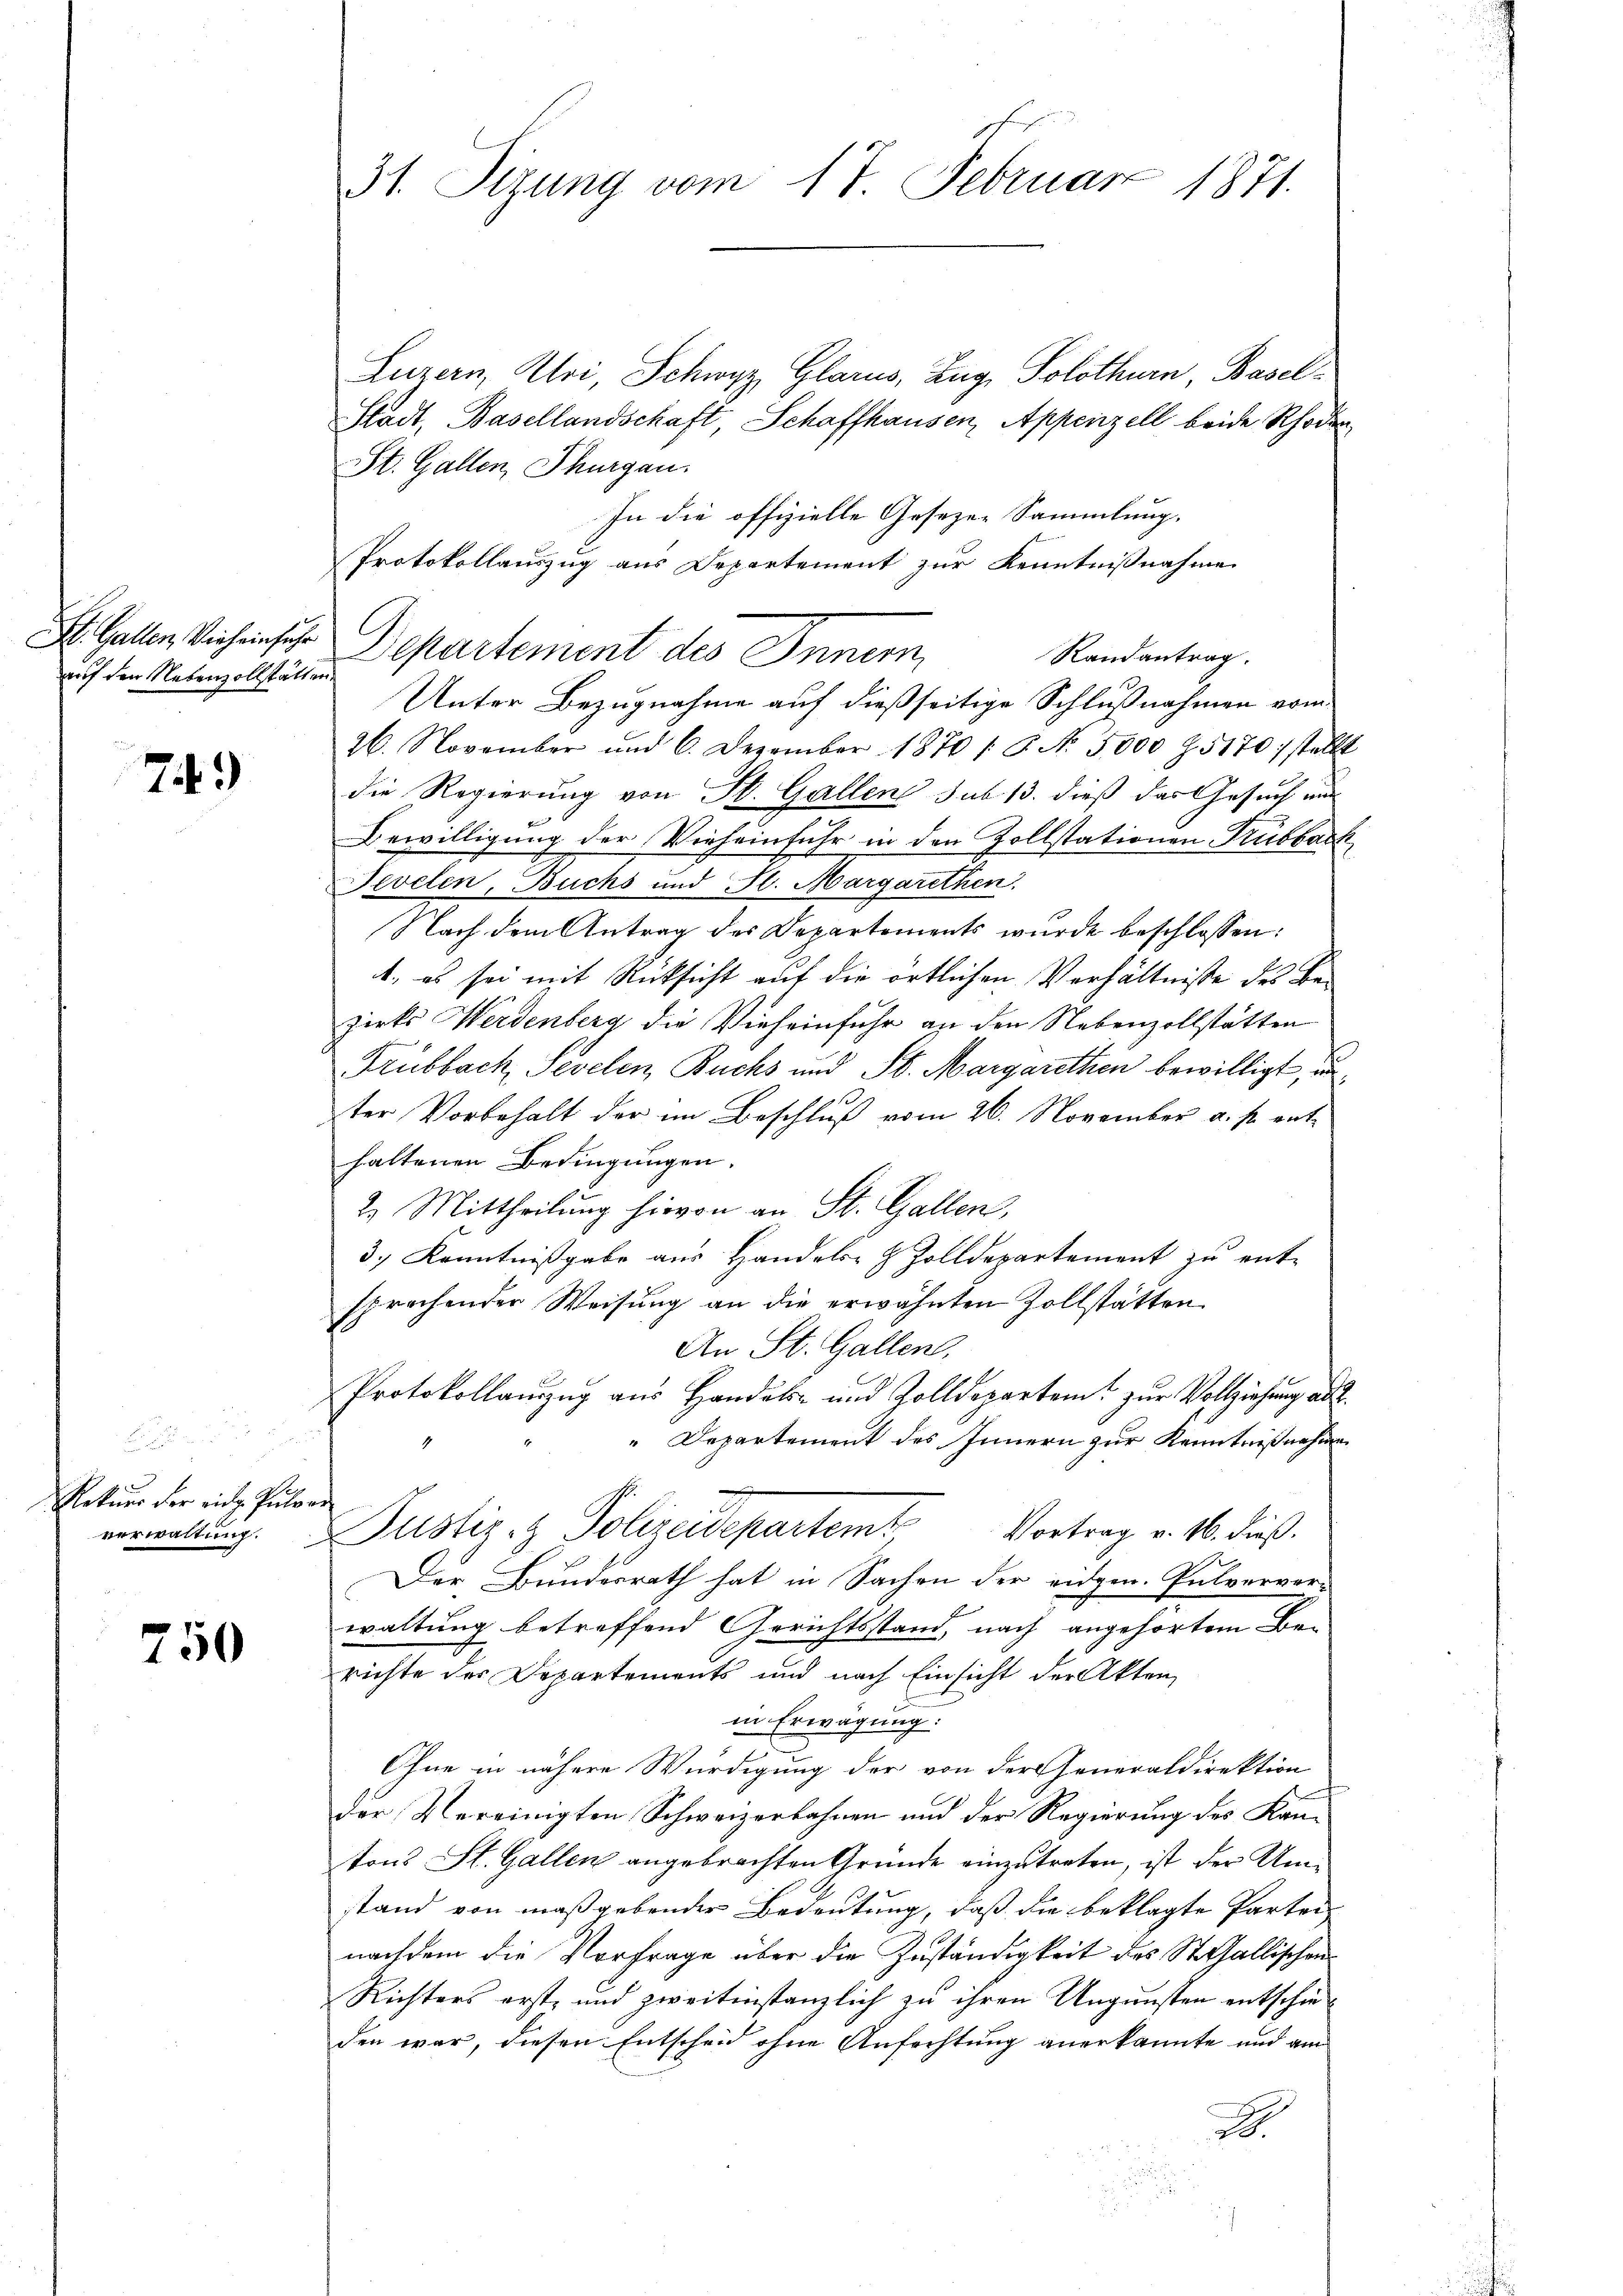
auf den Nebenzollstätten.

74)

Rekurs der eidg. Pulver
verwaltung.

750

Luzern, Kloi Schwyz, Glarus, Zug, Solothurn, Basel¬
Stadt, Basellandschaft, Schaffhausen, Appenzell beide Rhoden
St. Gallen, Thurgau.
In die offizielle Gesezen Sammlung.
Protokollauszug aus Departement zur Kenntnißnahme
St. Gallen Vichische Departement des Innern,
Randantrag.
Unter Bezugnahme auf dießseitige Schlußnahmen vom
26. November und 6. Dezember 1870 / B. No. 5000 Z. 5170 stellt
die Regierung von St. Gallens sub 13. dieß das Gesuch und
Bewilligung der Vieheinfuhr in den Zollstationen Trubback
Pevelin, Buchs und H. Margarethen.
Nach dem Antrag des Departements wurde beschlossen:
4., es sei mit Rücksicht auf die örtlichen Verhältnisse des Bezirks Werdenberg die Vieheinfuhr an den Nebenzollstätten
Frubbach, Sevelen Buchs und St. Margarethen bewilligt, un
g
ter Vorbehalt der im Beschluß vom 26. November a. p. enthaltenen Bedingungen.
2. Mittheilung hievon an St. Gallen,
3.) Kenntnißgabe aus Handels- & Zolldepartement zu ent-
sprochender Weisung an die erwähnten Zollstätten
An St. Gallen.
Protokollanzug aus Handels- und Zolldepartem zur Vollziehung aus
Departement des Innern zur Kenntnißnahme
Justiz- & Polizeidepartemt
Vortrag v. 16. dieß.
Der Bundesrath hat in Sachen der eidgen. Pulvervorwaltung betreffend Gerichtsstand, nach angehörtem Berichte des Departements und nach Einsicht der Akten
in Erwägung:
Ohne in nähere Würdigung der von der Generaldirektion
der Vereinigten Schweizerbahnen und der Regierung des Kantons St. Gallen angebrachten Gründe einzutreten, ist der Umstand von maßgebender Bedeutung, daß die beklagte Parten
nachdem die Vorfrage über die Zuständigkeit des St. Gallischen
Richters erst- und zweitinstanzlich zu ihren Ungunsten entschieden war, diesen Entscheid ohne Anfechtung anerkannte und am
B.

31. Sizung vom 17. Februar 1871.